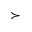
\succ